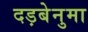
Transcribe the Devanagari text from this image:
दड़बेनुमा